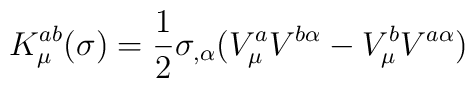
K_{\mu}^{ab}(\sigma)=\frac{1}{2}\sigma_{,\alpha}(V_{\mu}^{a}V^{b\alpha}-V_{\mu}^{b}V^{a\alpha})